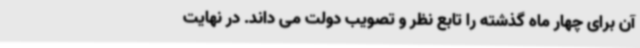
آن برای چهار ماه گذشته را تابع نظر و تصویب دولت می داند. در نهایت